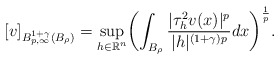
\begin{align*}[v]_{B^{1+\gamma}_{p,\infty}(B_\rho)} = \displaystyle\sup_{h \in \mathbb{R}^{n}} \biggl( \displaystyle\int_{B_\rho} \dfrac{|\tau^2_hv(x)|^{p}}{|h|^{(1+\gamma) p}} dx \biggr)^{\frac{1}{p}}. \end{align*}